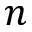
n